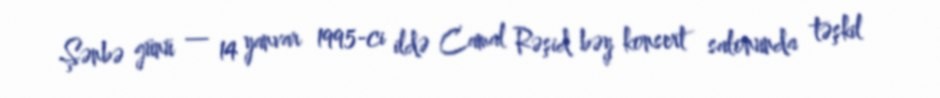
Şənbə günü — 14 yanvar 1995-ci ildə Camal Rəşid bəy konsert salonunda təşkil